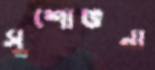
সুশোভনা